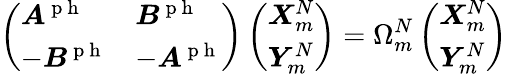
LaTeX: \left(\begin{array}{ll}{\boldsymbol{A}^{\mathrm{~p~h~}}}&{\boldsymbol{B}^{\mathrm{~p~h~}}}\\ {-\boldsymbol{B}^{\mathrm{~p~h~}}}&{-\boldsymbol{A}^{\mathrm{~p~h~}}}\end{array}\right)\left(\begin{array}{l}{\boldsymbol{X}_{m}^{N}}\\ {\boldsymbol{Y}_{m}^{N}}\end{array}\right)=\Omega_{m}^{N}\left(\begin{array}{l}{\boldsymbol{X}_{m}^{N}}\\ {\boldsymbol{Y}_{m}^{N}}\end{array}\right)